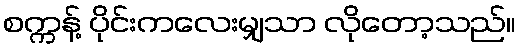
စက္ကန့် ပိုင်းကလေးမျှသာ လိုတော့သည်။